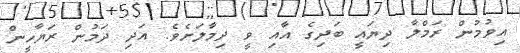
އިވުމުން ރަމްލާ ދިޔައީ ބަދިގެ އާއި ވީ ދިމާލަށެވެ. އަދި ދަމުން ރަޔާހީން